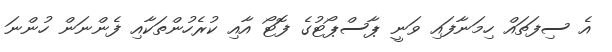
އެ ސިފަތައް ހިމަނާފައި ވަނީ ޕާސްޕޯޓުގެ ފޮޓޯ އާއި ކުރެހުންތަކާއި ފެންނަން ހުންނަ